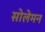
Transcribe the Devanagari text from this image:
सोलेमन